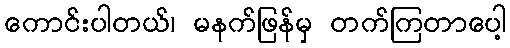
ကောင်းပါတယ်၊ မနက်ဖြန်မှ တက်ကြတာပေါ့